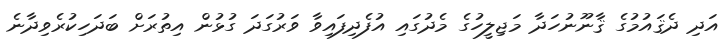
އަދި ދެޤައުމުގެ ޤާނޫނުހަދާ މަޖިލީހުގެ މެދުގައި އުފެދިފައިވާ ވަރުގަދަ ގުޅުން އިތުރަށް ބަދަހިކުރެވިދާނެ